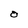
Character: O